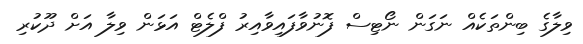
ވިލާގެ ބިންތަކެއް ނަގަން ނޯޓިސް ފޮނުވާފައިވާއިރު ފްލެޓް އަޅަން ވިލާ އަށް ދޫކުރި